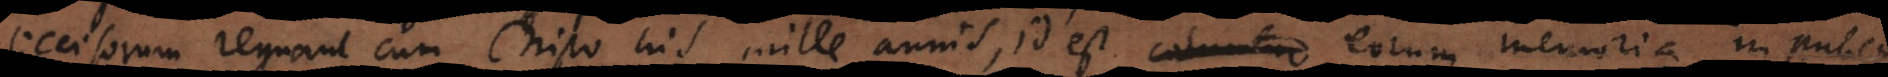
occisorum regnant cum Christo his mille annis, id est coluntur eorum memoria in publica